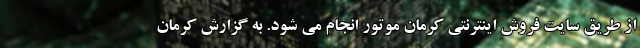
از طریق سایت فروش اینترنتی کرمان موتور انجام می شود. به گزارش کرمان